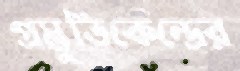
প্রস্তুতিকেন্দ্রের